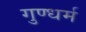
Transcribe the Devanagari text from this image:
गुण्धर्म